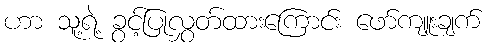
ဟာ သူ့ရဲ့ ခွင့်ပြုလွှတ်ထားကြောင်း ဖော်ကျူးချက်